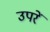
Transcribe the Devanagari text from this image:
उपरें